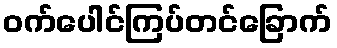
ဝက်ပေါင်ကြပ်တင်ခြောက်